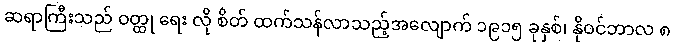
ဆရာကြီးသည် ဝတ္ထု ရေး လို စိတ် ထက်သန်လာသည့်အလျောက် ၁၉၁၅ ခုနှစ်၊ နိုဝင်ဘာလ ၈